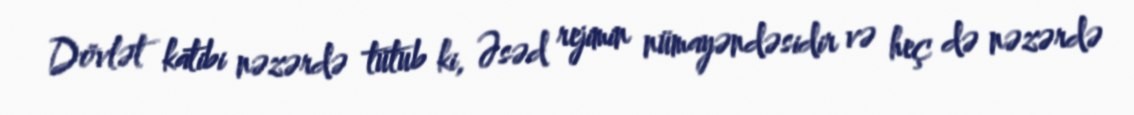
Dövlət katibi nəzərdə tutub ki, Əsəd rejimin nümayəndəsidir və heç də nəzərdə